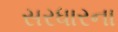
સરધારના